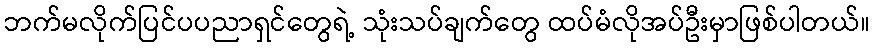
ဘက်မလိုက်ပြင်ပပညာရှင်တွေရဲ့ သုံးသပ်ချက်တွေ ထပ်မံလိုအပ်ဦးမှာဖြစ်ပါတယ်။